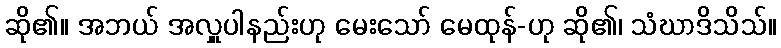
ဆို၏။ အဘယ် အလှူပါနည်းဟု မေးသော် မေထုန်-ဟု ဆို၏၊ သံဃာဒိသိသ်။